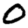
Digit: 0